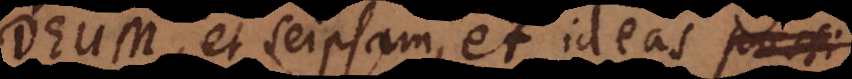
Deum, et seipsam, et ideas possi